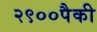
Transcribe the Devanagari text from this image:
२९००पैकी